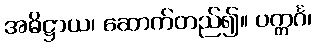
အဓိဋ္ဌာယ၊ ဆောက်တည်၍။ ပက္ကင်္ဂ၊